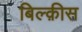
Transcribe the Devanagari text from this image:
बिल्क़ीस